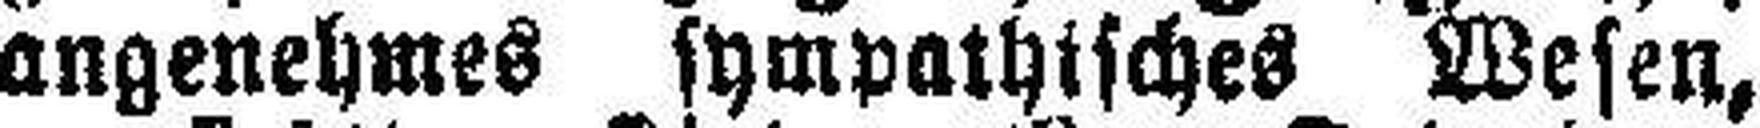
angenehmes sympathisches Wesen,